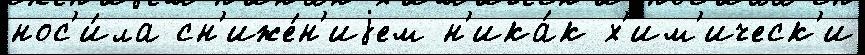
нос'и́ла сн'иже́н'иjем н'ика́к х'им'ическ'и